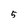
Character: 5